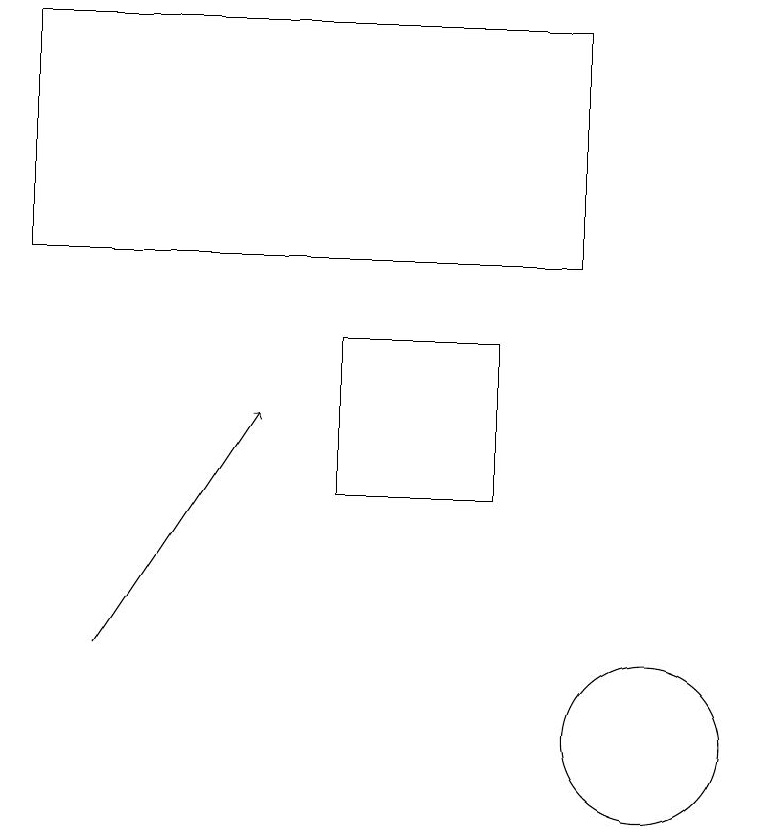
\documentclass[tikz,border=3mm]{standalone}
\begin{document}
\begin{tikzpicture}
\draw (8,13) rectangle (6,15);
\draw (10,10) circle (1);
\draw (2,16) rectangle (9,19);
\draw[->] (3,11) -- (5,14);
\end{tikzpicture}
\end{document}